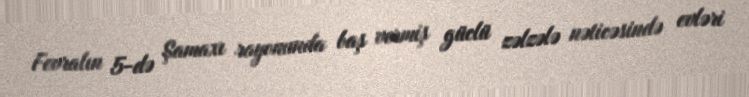
Fevralın 5-də Şamaxı rayonunda baş vermiş güclü zəlzələ nəticəsində evləri